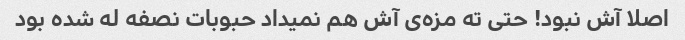
اصلا آش نبود! حتی ته مزه‌ی آش هم نمیداد حبوبات نصفه له شده بود